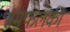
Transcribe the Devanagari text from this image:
समफलकी